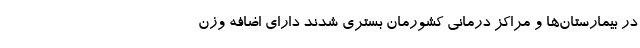
در بیمارستان‌ها و مراکز درمانی کشورمان بستری شدند دارای اضافه وزن